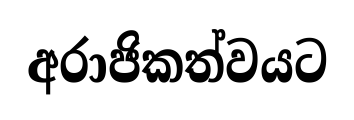
අරාජිකත්වයට